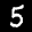
Label: 5